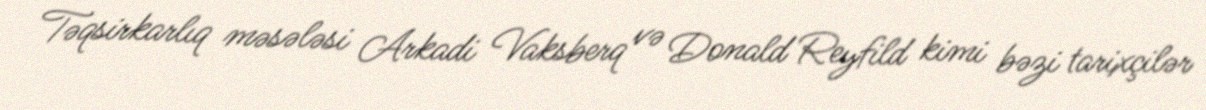
Təqsirkarlıq məsələsi Arkadi Vaksberq və Donald Reyfild kimi bəzi tarixçilər